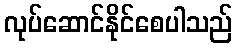
လုပ်ဆောင်နိုင်စေပါသည်